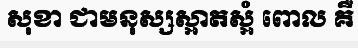
សុខា ជាមនុស្សស្អាតស្អំ ពោល គឺ